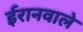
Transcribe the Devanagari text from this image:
ईरानवाले